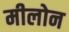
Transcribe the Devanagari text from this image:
मीलोन